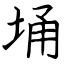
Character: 埇